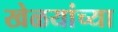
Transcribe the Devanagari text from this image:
खेळयांच्या